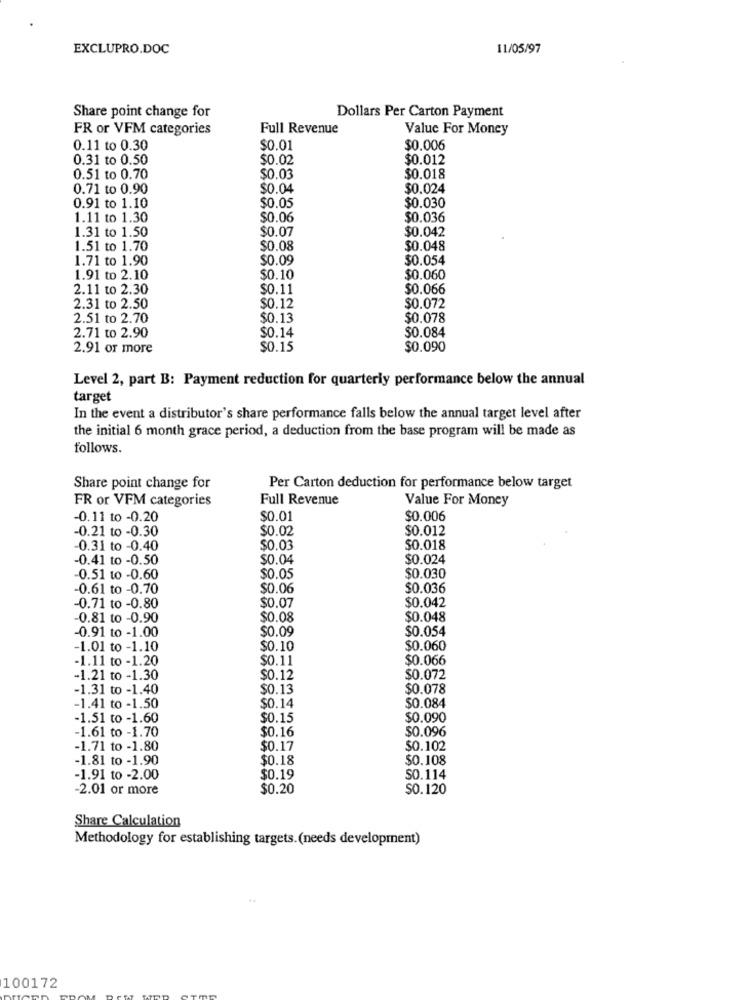
EXCLUPRO.DOC
11/05/97
Dollars Per Carton Payment
Share point change for
FR or VFM categories
Full Revenue
Value For Money
0.11 to 0.30
$0.01
$0.006
0.31 to 0.50
$0.02
$0.012
0.51 to 0.70
$0.03
$0.018
0.71 to 0.90
$0.04
$0.024
0.91 to 1.10
$0.05
$0.030
1.11 to 1.30
$0.06
$0.036
1.31 to 1.50
$0.07
$0.042
1.51 to 1.70
$0.08
$0.048
1.71 to 1.90
$0.09
$0.054
1.91 to 2.10
$0.10
$0.060
2.11 to 2.30
$0.11
$0.066
2.31 to 2.50
$0.12
$0.072
2.51 to 2.70
$0.13
$0.078
2.71 to 2.90
$0.084
$0.14
2.91 or more
$0.15
$0.090
Level 2, part B: Payment reduction for quarterly performance below the annual
target
In the event a distributor's share performance falls below the annual target level after
the initial 6 month grace period, a deduction from the base program will be made as
follows.
Share point change for
Per Carton deduction for performance below target
FR or VFM categories
Full Revenue
Value For Money
-0.11 to -0.20
$0.01
$0.006
-0.21 to -0.30
$0.02
$0.012
0.31 to -0.40
$0.03
$0.018
-0.41 to -0.50
$0.04
$0.024
0.51 to -0.60
$0.05
$0.030
-0.61 to -0.70
$0.06
$0.036
$0.042
-0.71 to -0.80
$0.07
-0.81 to -0.90
$0.08
$0.048
-0.91 to -1.00
$0.054
$0.09
-1.01 to -1.10
$0.10
$0.060
-1.11 to -1.20
$0.11
$0.066
-1.21 to -1.30
$0.12
$0.072
-1.31 to -1.40
$0.13
$0.078
1.41 to -1.50
$0.14
$0.084
-1.51 to -1.60
$0.15
$0.090
1.61 to -1.70
$0.16
$0.096
-1.71 to -1.80
$0.17
$0.102
-1.81 to -1.90
$0.18
$0.108
-1.91 to -2.00
$0.19
SO.114
-2.01 or more
$0.20
$0.120
Share Calculation
Methodology for establishing targets. (needs development)
100172